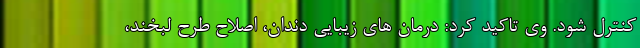
کنترل شود. وی تاکید کرد: درمان های زیبایی دندان، اصلاح طرح لبخند،